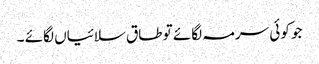
جو کوئی سرمہ لگائے تو طاق سلائیاں لگائے ۔